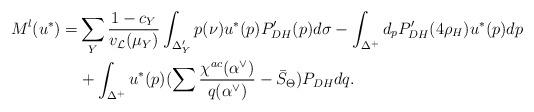
LaTeX: \begin{align*}M^l(u^*)=&\sum_Y \frac{1-c_Y}{v_{\mathcal{L}}(\mu_Y)}\int_{\Delta'_Y} p(\nu)u^*(p)P_{DH}'(p)d\sigma -\int_{\Delta^+} d_pP_{DH}'(4\rho_H)u^*(p)dp \\& +\int_{\Delta^+} u^*(p)(\sum \frac{\chi^{ac}(\alpha^{\vee})}{q(\alpha^{\vee})}-\bar{S}_{\Theta})P_{DH}dq. \end{align*}